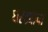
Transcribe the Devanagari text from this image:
घरट्याचा